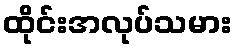
ထိုင်းအလုပ်သမား